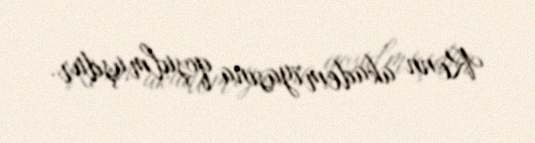
Renn akademiyasına qoşulmuşdur.